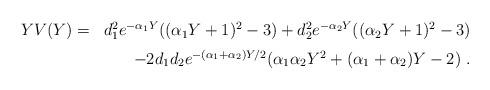
LaTeX: \begin{align*}\begin{array}{lr}Y V(Y) =&d_1^2 e^{-\alpha_1 Y} ((\alpha_1 Y+1)^2-3)+ d_2^2 e^{-\alpha_2 Y} ((\alpha_2 Y+1)^2-3) \vspace{2mm}\\&- 2d_1d_2 e^{-(\alpha_1+\alpha_2) Y/2}(\alpha_1\alpha_2 Y^2+(\alpha_1+\alpha_2)Y-2) \ .\end{array}\end{align*}